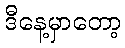
ဒီနေ့မှာတော့